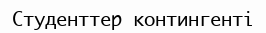
Студенттер контингенті